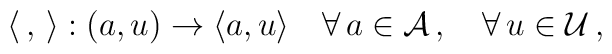
\langle \,,\,\rangle : (a,u) \rightarrow \langle a,u \rangle\quad \forall \,a \in {\cal A}\,,\quad\forall \,u \in {\cal U}\,,